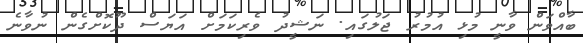
ބާއްވަން ވާނީ މުޅި އުމުރު ޖަލުގައި. ނަޝީދު ވެރިކަމަށް އަޔަސް ދޫކޮށްގެން ނުވާނެ